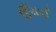
ઉઁચાઈ